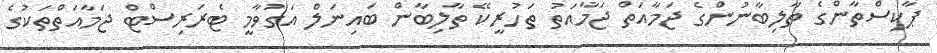
ޕާކިސްތާންގެ ތާލިބާނުންގެ ޖަމާއަތް ޖަމާއަތު ތަހުރީކޭ ތާލިބާން ބައިނަލް އަގުވާމީ ޓެރަރިސްޓް ޖަމާއަތްތަކުގެ